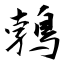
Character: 鵓